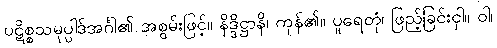
ပဋိစ္စသမုပ္ပါဒ်အင်္ဂါ၏ အစွမ်းဖြင့်။ နိဒ္ဒိဋ္ဌာနိ၊ ကုန်၏။ ပူရေတုံ၊ ဖြည့်ခြင်းငှါ။ ဝါ၊